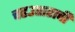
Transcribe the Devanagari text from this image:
चढउताराची